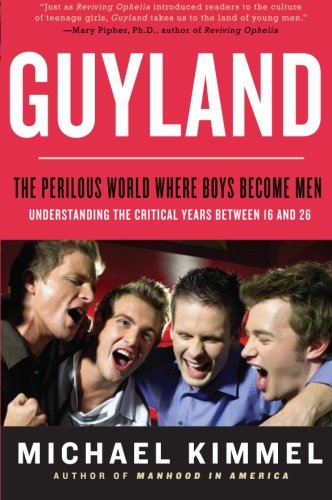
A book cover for Guyland: The Perilous World Where Boys Become Men; Michael Kimmel; Parenting & Relationships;